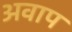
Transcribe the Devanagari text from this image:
अवाप